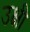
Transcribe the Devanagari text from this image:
उक्षी